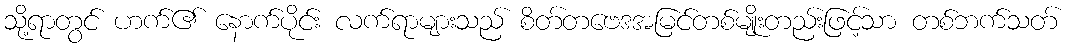
သို့ရာတွင် ဟက်၏ နောက်ပိုင်း လက်ရာများသည် စိတ်တဗေဒအမြင်တစ်မျိုးတည်းဖြင့်သာ တစ်ဘက်သတ်